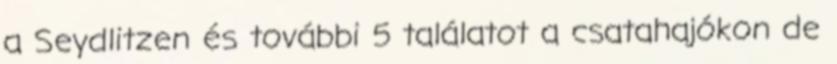
a Seydlitzen és további 5 találatot a csatahajókon de